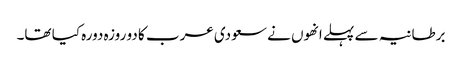
برطانیہ سے پہلے انھوں نے سعودی عرب کا دو روزہ دورہ کیا تھا۔